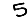
Digit: 5